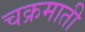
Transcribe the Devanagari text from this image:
चक्रमाती